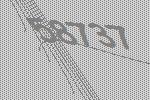
58737